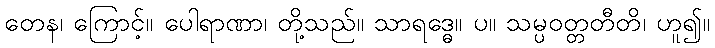
တေန၊ ကြောင့်။ ပေါရာဏာ၊ တို့သည်။ သာရဒ္ဓေ။ ပ။ သမ္ပဝတ္တတီတိ၊ ဟူ၍။